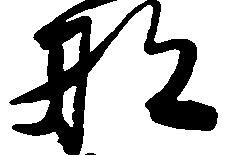
那